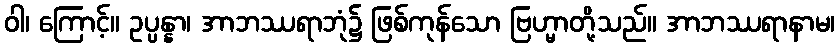
ဝါ၊ ကြောင့်။ ဥပ္ပန္နာ၊ အာဘဿရာဘုံ၌ ဖြစ်ကုန်သော ဗြဟ္မာတို့သည်။ အာဘဿရာနာမ၊